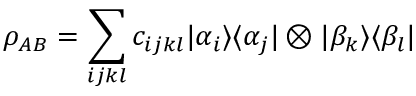
\rho _ { A B } = \sum _ { i j k l } c _ { i j k l } \vert \alpha _ { i } \rangle \langle \alpha _ { j } \vert \otimes \vert \beta _ { k } \rangle \langle \beta _ { l } \vert